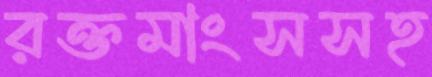
রক্তমাংসসহ